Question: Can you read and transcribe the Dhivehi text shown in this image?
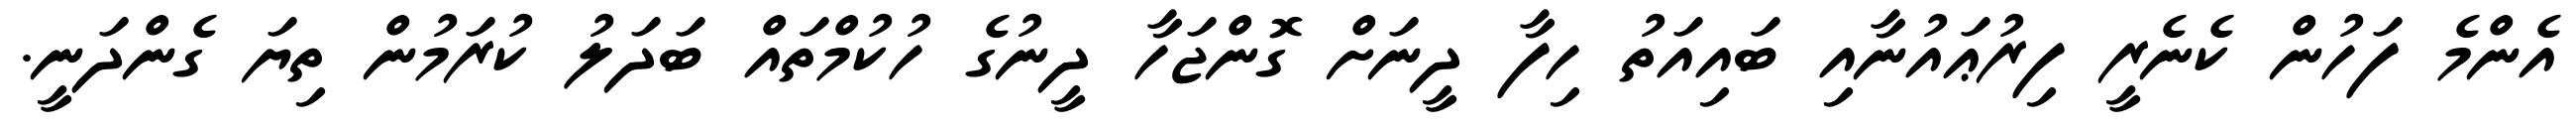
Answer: އެންމެ ފަހުން ކެނެރީ ފިރުޢައުނާއި ބައިއަތު ހިފާ ދީނަށް ގޮންޖަހާ ދީނުގެ ހުކުމްތައް ބަދަލު ކުރަމުން ތިޔަ ގެންދަނީ.